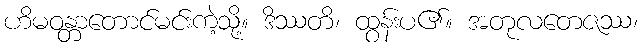
ဟိမဝန္တာတောင်မင်းကဲ့သို့။ ဒိဿတိ၊ ထွန်းပ၏။ အတုလတေဇဿ၊